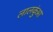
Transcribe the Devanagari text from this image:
लालकुंआ